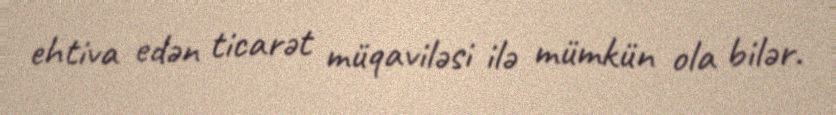
ehtiva edən ticarət müqaviləsi ilə mümkün ola bilər.